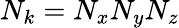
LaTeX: N_{k}=N_{x}N_{y}N_{z}